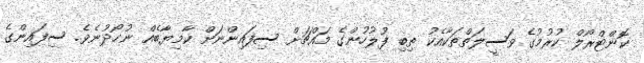
ކޮންޓްރޯލް ކުރުމުގެ ވަސީލަތްތަކާއެކު ތިބި ފުލުހުންގެ މައްޗަށް ސިފައިންނަށް ކާމިޔާބެއް ނުހޯދުނެވެ. ސިފައިންގެ